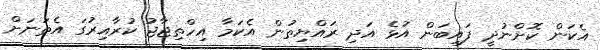
އެކަން ކޮށްނުދީ ފައިބަން އުޅެ އަދި ރައްޔިތުން އެކަމާ އިހްތިޖާޖު ކުރާއިރުގަ އެތަނަށް